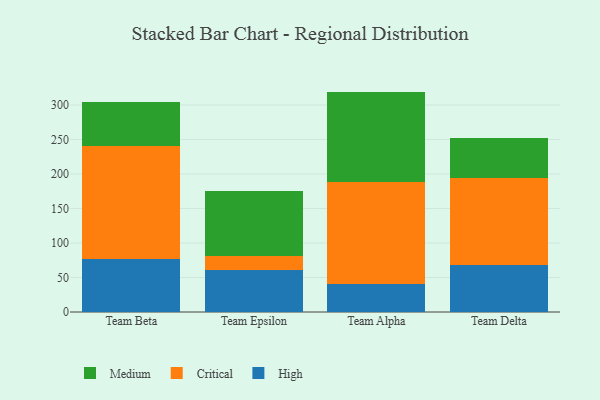
{"axis": {"x": "Team", "y": "Budget (USD K)"}, "legend": ["Critical", "High", "Medium"], "data": [{"x": "Team Beta", "y": 76.3, "type": "High"}, {"x": "Team Beta", "y": 164.6, "type": "Critical"}, {"x": "Team Beta", "y": 63.6, "type": "Medium"}, {"x": "Team Epsilon", "y": 61.5, "type": "High"}, {"x": "Team Epsilon", "y": 19.2, "type": "Critical"}, {"x": "Team Epsilon", "y": 95.2, "type": "Medium"}, {"x": "Team Alpha", "y": 40.7, "type": "High"}, {"x": "Team Alpha", "y": 148.3, "type": "Critical"}, {"x": "Team Alpha", "y": 130.4, "type": "Medium"}, {"x": "Team Delta", "y": 67.6, "type": "High"}, {"x": "Team Delta", "y": 127.3, "type": "Critical"}, {"x": "Team Delta", "y": 56.8, "type": "Medium"}]}